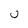
Character: U